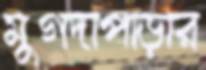
মুগদাপাড়ার